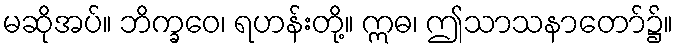
မဆိုအပ်။ ဘိက္ခဝေ၊ ရဟန်းတို့။ ဣဓ၊ ဤသာသနာတော်၌။